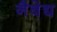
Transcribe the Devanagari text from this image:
नैबेद्य